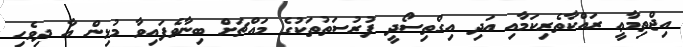
އިޖްތިމާޢީ ރައްކާތެރިކަމާއި އަދި އިގްތިސޯދީ ފުރުސަތުތަކުގެ މައްޗަށް ބިނާވެފައިވާ މުޅިން އާ ދިވެހި